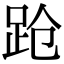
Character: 跄